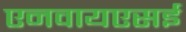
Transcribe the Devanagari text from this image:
एनवायएसई